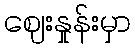
ဈေးနှုန်းမှာ